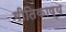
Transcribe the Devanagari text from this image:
गीतिकाष्य